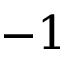
- 1